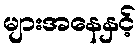
များအနေနှင့်